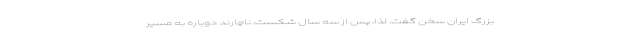
بزرگ ایران سخن گفت. لذا، پس از سه سال شکست، ناچارند دوباره به مسیر